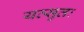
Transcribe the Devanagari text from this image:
यत्सुतः